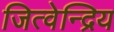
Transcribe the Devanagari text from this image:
जित्वेन्द्रिय